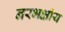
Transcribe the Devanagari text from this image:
नरभक्षीय